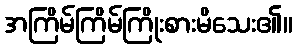
အကြိမ်ကြိမ်ကြိုးစားမိသေး၏။